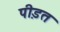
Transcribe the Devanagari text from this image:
पी़डत